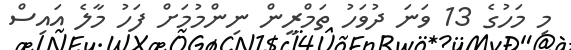
މި މަހުގެ 13 ވަނަ ދުވަހު ތަމްރީން ނިންމުމަށް ފަހު މާލެ އައިސް